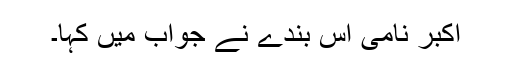
اکبر نامی اس بندے نے جواب میں کہا۔